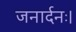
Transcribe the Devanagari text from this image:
जनार्दनः।